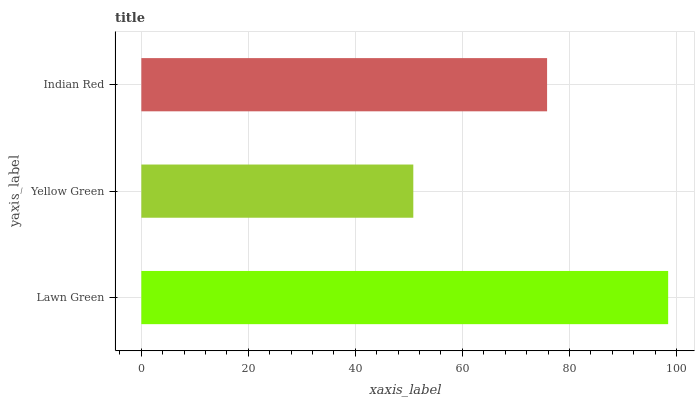
| yaxis_label | bars |
 | --- | --- |
 | Lawn Green | 98.5 |
 | Yellow Green | 50.8 |
 | Indian Red | 75.8 |